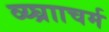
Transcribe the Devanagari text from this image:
व्य्घ्रााचर्म